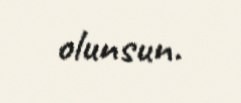
olunsun.